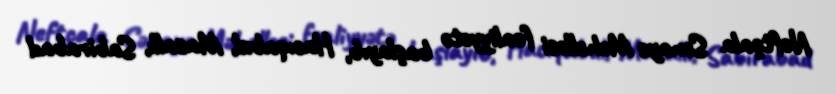
Neftçala Sənaye Məhəlləsi fəaliyyətə başlayıb, Hacıqabul, Masallı, Sabirabad